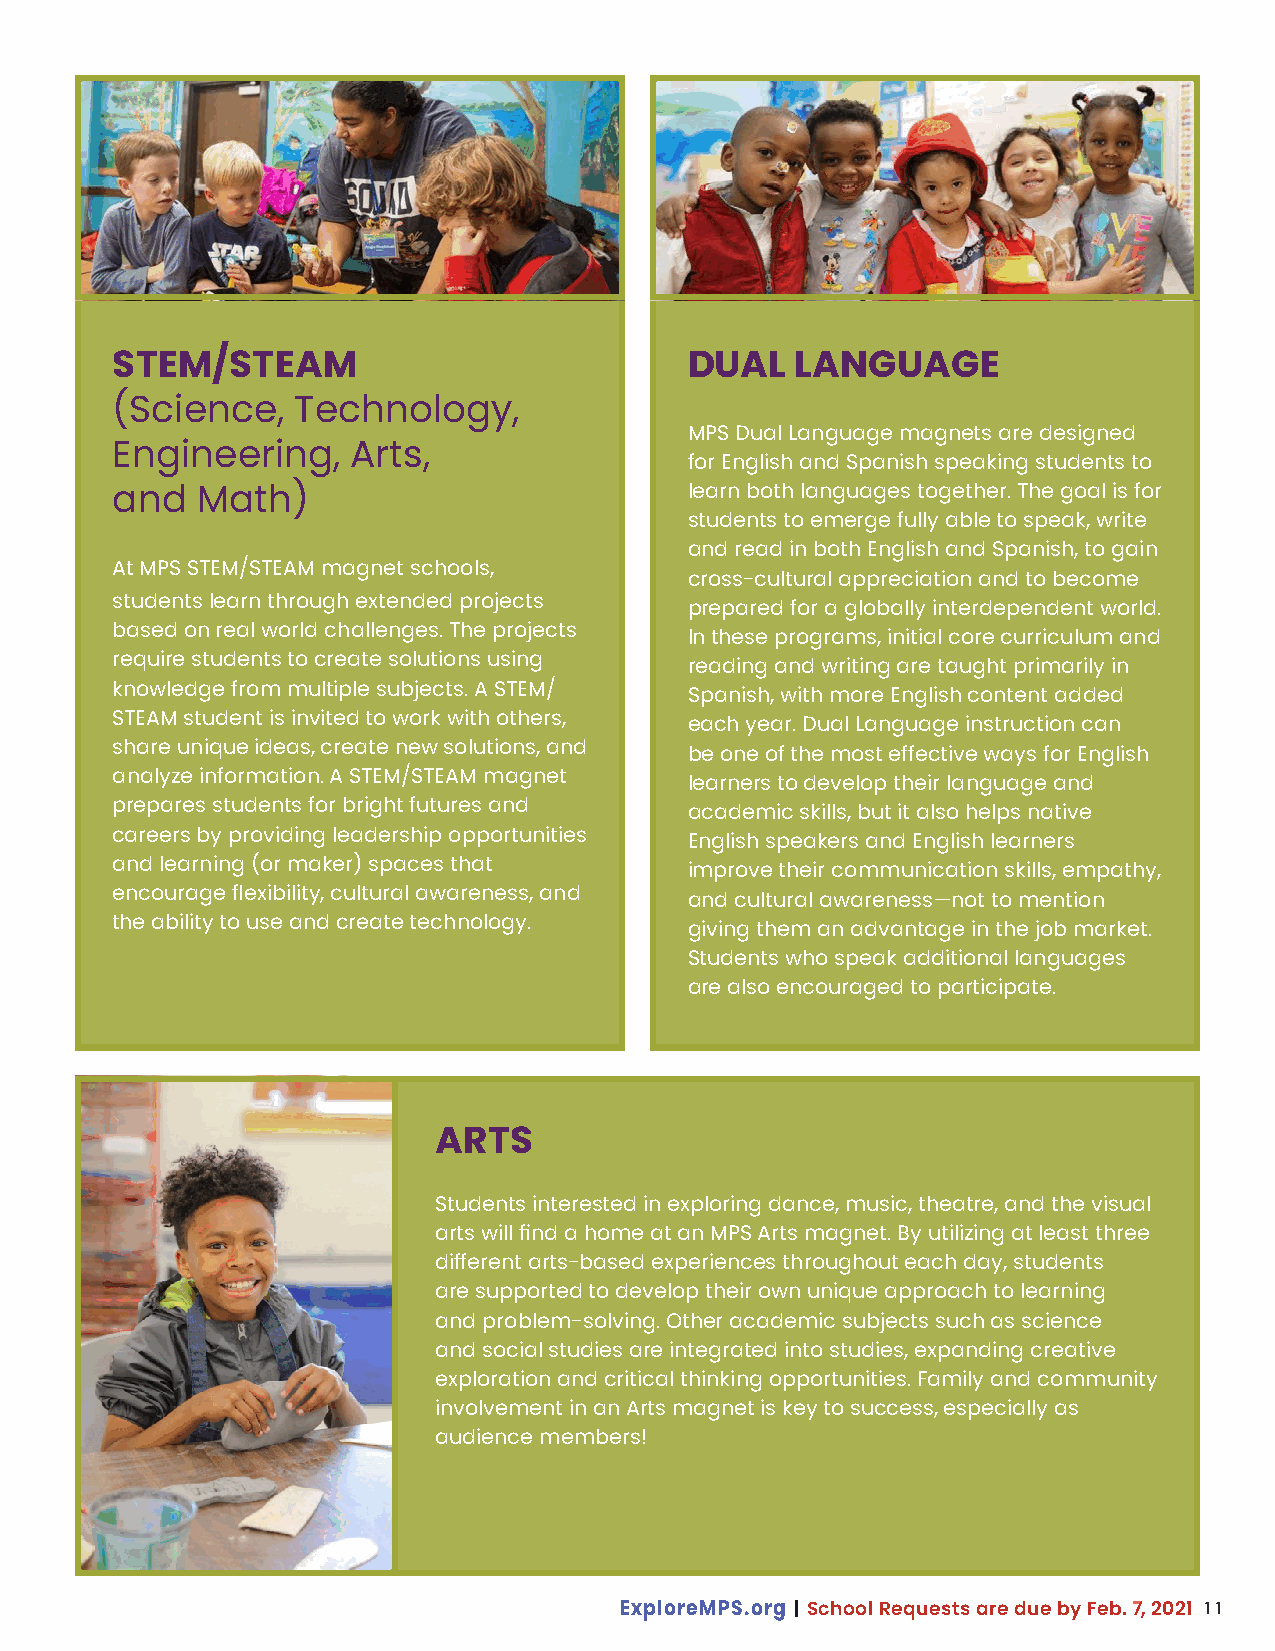
STEM/STEAM                             DUAL   LANGUAGE
 (Science,   Technology,
 MPS Dual Language magnets are designed
 Engineering,    Arts,
 for English and Spanish speaking students to
 learn both languages together. The goal is for
 and   Math)
 students to emerge fully able to speak, write
 and read in both English and Spanish, to gain
 At MPS STEM/STEAM magnet schools,
 cross-cultural appreciation and to become
 students learn through extended projects
 prepared for a globally interdependent world.
 based on real world challenges. The projects
 In these programs, initial core curriculum and
 require students to create solutions using
 reading and writing are taught primarily in
 knowledge from multiple subjects. A STEM/
 Spanish, with more English content added
 STEAM student is invited to work with others,
 each year. Dual Language instruction can
 share unique ideas, create new solutions, and
 be one of the most effective ways for English
 analyze information. A STEM/STEAM magnet
 learners to develop their language and
 prepares students for bright futures and
 academic skills, but it also helps native
 careers by providing leadership opportunities
 English speakers and English learners
 and learning (or maker) spaces that
 improve their communication skills, empathy,
 encourage flexibility, cultural awareness, and
 and cultural awareness—not to mention
 the ability to use and create technology.
 giving them an advantage in the job market.
 Students who speak additional languages
 are also encouraged to participate.
 ARTS
 Students interested in exploring dance, music, theatre, and the visual
 arts will find a home at an MPS Arts magnet. By utilizing at least three
 different arts-based experiences throughout each day, students
 are supported to develop their own unique approach to learning
 and problem-solving. Other academic subjects such as science
 and social studies are integrated into studies, expanding creative
 exploration and critical thinking opportunities. Family and community
 involvement in an Arts magnet is key to success, especially as
 audience members!
 11
 ExploreMPS.org | School Requests are due by Feb. 7, 2021